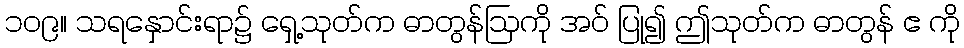
၁၀၉။ သရနှောင်းရာ၌ ရှေ့သုတ်က ဓာတွန်ဩကို အဝ် ပြု၍ ဤသုတ်က ဓာတွန် ဧ ကို